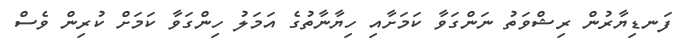
ފަނޑިޔާރުން ރިޝްވަތު ނަންގަވާ ކަމަށާއި ހިޔާނާތުގެ އަމަލު ހިންގަވާ ކަމަށް ކުރިން ވެސް